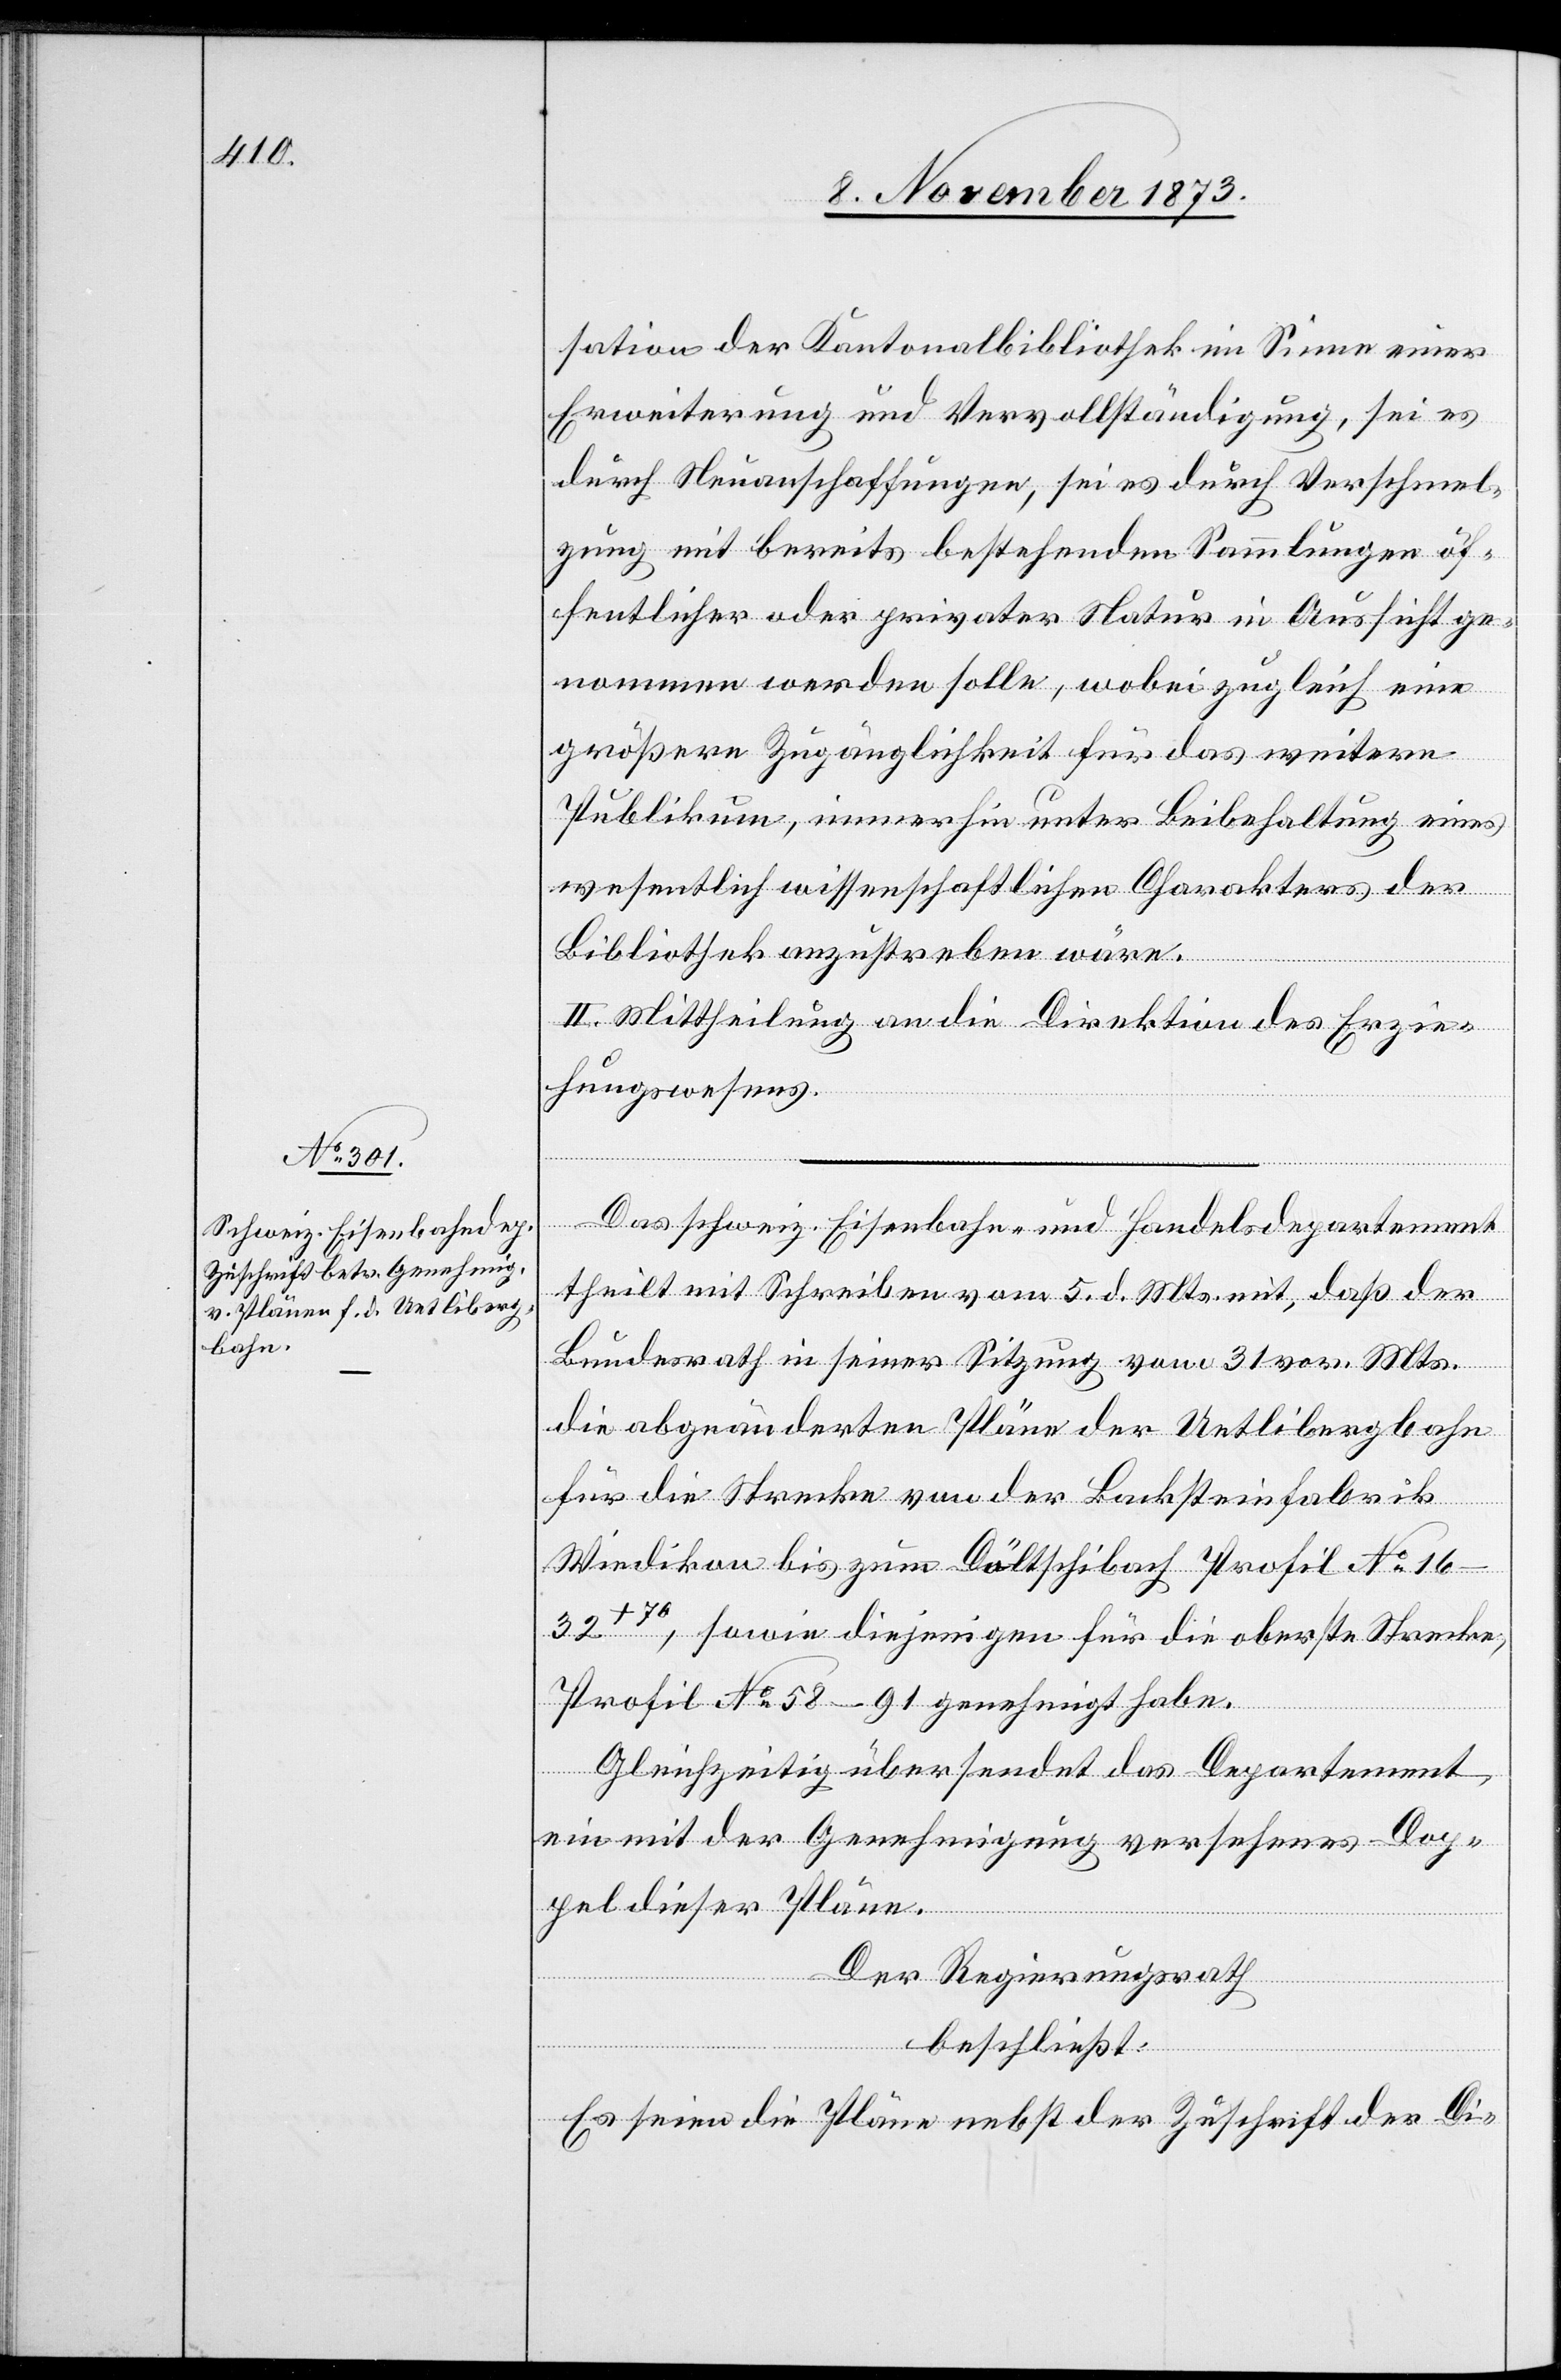
sation der Kantonalbibliothek im Sinne einer
Erweiterung und Vervollständigung, sei es
durch Neuanschaffungen, sei es durch Verschmel¬
zung mit bereits bestehenden Sammlungen öf¬
fentlicher oder privater Natur in Aussicht ge¬
nommen werden solle, wobei zugleich eine
größere Zugänglichkeit für das weitere
Publikum, immerhin unter Beibehaltung eines
wesentlich wissenschaftlichen Charakters der
Bibliothek anzustreben wäre.
II. Mittheilung an die Direktion des Erzie¬
hungswesens.
Das schweiz. Eisenbahn- und Handelsdepartement
theilt mit Schreiben vom 5. d. Mts. mit, daß der
Bundesrath in seiner Sitzung vom 31 vor. Mts.
die abgeänderten Pläne der Uetlibergbahn
für die Strecke von der Backsteinfabrik
Wiedikon bis zum Döltschibach Profil No
16–32+70, sowie diejenigen für die oberste Strecke,
Profil No 58–91 genehmigt habe.
Gleichzeitig übersendet das Departement
ein mit der Genehmigung versehenes Dop¬
pel dieser Pläne.
Der Regierungsrath
beschließt:
Es seien die Pläne nebst der Zuschrift der Di-